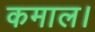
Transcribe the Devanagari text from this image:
कमाल।